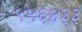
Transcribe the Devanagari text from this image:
५५६४३३